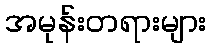
အမုန်းတရားများ